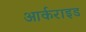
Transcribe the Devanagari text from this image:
आर्कराइड